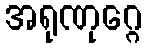
အရုဏုဂ္ဂေ